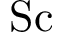
\mathrm { S c }